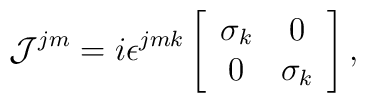
{\cal J}^{jm} = i \epsilon^{jmk} \left[ \begin{array}{cc}\sigma_{k} & 0 \\ 0 & \sigma_{k}\end{array} \right],